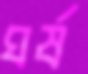
ঘর্ষ